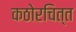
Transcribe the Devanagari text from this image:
कठोरचित्त